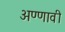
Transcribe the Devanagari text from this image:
अण्णावी